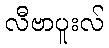
လီဗာပူးလ်